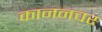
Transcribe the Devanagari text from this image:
काननचर